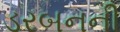
ડરબનની